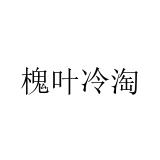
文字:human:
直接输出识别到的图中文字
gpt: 槐叶冷淘